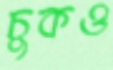
চুকও